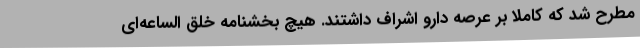
مطرح شد که کاملا بر عرصه دارو اشراف داشتند. هیچ بخشنامه خلق الساعه‌ای